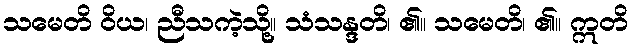
သမေတိ ဝိယ၊ ညီသကဲ့သို့။ သံသန္ဒတိ၊ ၏။ သမေတိ၊ ၏။ ဣတိ